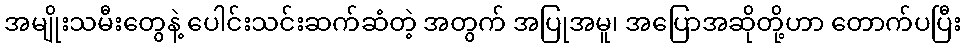
အမျိုးသမီးတွေနဲ့ ပေါင်းသင်းဆက်ဆံတဲ့ အတွက် အပြုအမူ၊ အပြောအဆိုတို့ဟာ တောက်ပပြီး